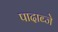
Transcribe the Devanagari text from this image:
पादाब्जे